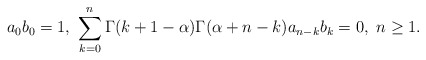
\begin{align*}a_0b_0 = 1,\ \sum_{k=0}^n\Gamma(k+1-\alpha)\Gamma(\alpha+n-k)a_{n-k}b_k = 0,\ n\ge 1.\end{align*}